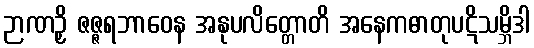
ဉာဏဉှိ ဇဇ္ဇရဘာဝေန အနုပလိတ္တောတိ အနေကဓာတုပဋိသမ္ဘိဒါ